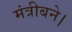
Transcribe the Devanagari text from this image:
मंत्रीबने।